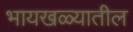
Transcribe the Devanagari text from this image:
भायखळ्यातील